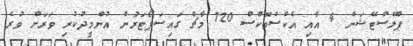
ޕްލޭސްޓޭޝަން 4 އާއި އެކްސްބޮކްސް 720 މާޗް ގައިސަޕޯޓަރުން އުންމީދުކުރި ވަރަށް ވުރެ